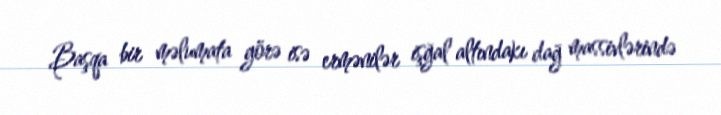
Başqa bir məlumata görə isə ermənilər işğal altındakı dağ massivlərində